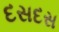
દસદસ